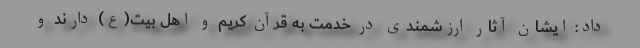
داد: ایشان آثار ارزشمندی در خدمت به قرآن کریم و اهل بیت(ع) دارند و